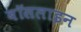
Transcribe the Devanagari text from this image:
बॉसलाइन